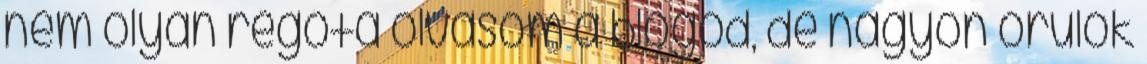
nem olyan régóta olvasom a blogod, de nagyon örülök